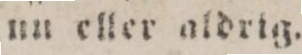
nu eller aldrig.